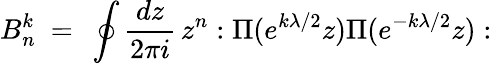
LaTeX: B_{n}^{k}\ =\ \oint{\frac{dz}{2\pi i}}\, z^{n}:\Pi(e^{k\lambda/2}z)\Pi(e^{-k\lambda/2}z):